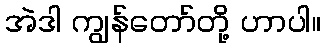
အဲဒါ ကျွန်တော်တို့ ဟာပါ။